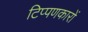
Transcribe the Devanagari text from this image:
टिप्पणकारों